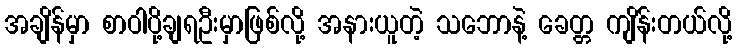
အချိန်မှာ စာဝါပို့ချရဦးမှာဖြစ်လို့ အနားယူတဲ့ သဘောနဲ့ ခေတ္တ ကျိန်းတယ်လို့